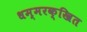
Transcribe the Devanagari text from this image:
धम्मरक्खित